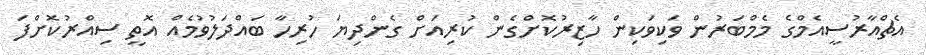
އެޗްއާރުސީއެމްގެ މެމްބަރުން ވަކިވަކިން ހާޒިރުކޮށްގެން ކުރިއަށް ގެންދިޔަ ހުރިހާ ބައްދަލުވުމެއް އޮތީ ސިއްރުކޮށްފަ